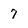
Character: 7